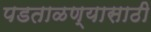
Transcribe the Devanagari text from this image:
पडताळण्यासाठी